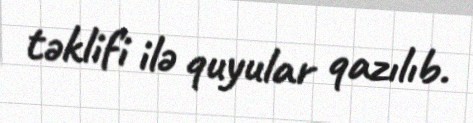
təklifi ilə quyular qazılıb.